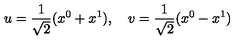
u = \frac 1 { \sqrt { 2 } } ( x ^ { 0 } + x ^ { 1 } ) , \quad v = \frac 1 { \sqrt { 2 } } ( x ^ { 0 } - x ^ { 1 } )